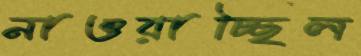
নাওয়াচ্ছিল